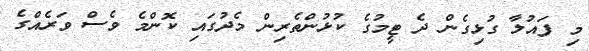
މި ފައުލާ ގުޅިގެން ދެ ޓީމުގެ ކުޅުންތެރިން މެދުގައި ކޮންމެ ވެސް ވަރެއްގެ